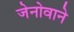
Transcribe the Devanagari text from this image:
जेनोवाने